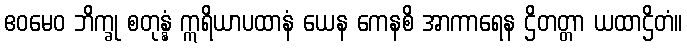
ဧဝမေဝ ဘိက္ခု စတုန္နံ ဣရိယာပထာနံ ယေန ကေနစိ အာကာရေန ဌိတတ္တာ ယထာဌိတံ။